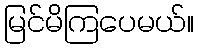
မြင်မိကြပေမယ်။